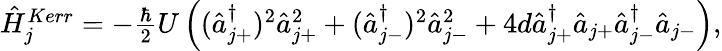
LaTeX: \begin{array}{r}{\hat{H}_{j}^{Kerr}=-\frac{\hbar}{2}U\left((\hat{a}_{j+}^{\dagger})^{2}\hat{a}_{j+}^{2}+(\hat{a}_{j-}^{\dagger})^{2}\hat{a}_{j-}^{2}+4d\hat{a}_{j+}^{\dagger}\hat{a}_{j+}\hat{a}_{j-}^{\dagger}\hat{a}_{j-}\right),}\end{array}